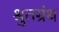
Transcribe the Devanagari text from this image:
श्रुतग्रंथ